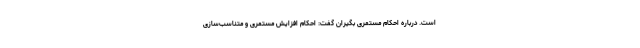
است. درباره احکام مستمری بگیران گفت: احکام افزایش مستمری و متناسب‌سازی